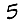
Digit: 5